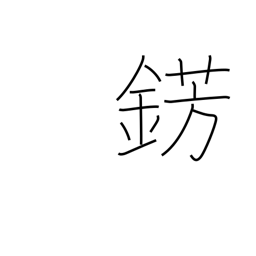
Meaning: metal jewelry